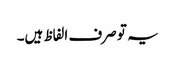
یہ تو صرف الفاظ ہیں۔